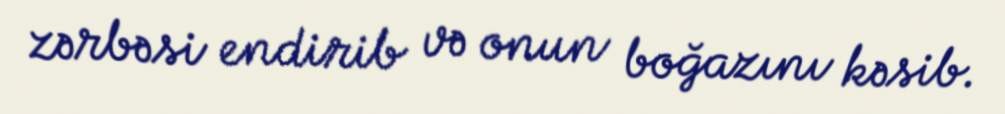
zərbəsi endirib və onun boğazını kəsib.